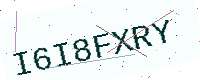
Text: I6I8FXRY